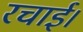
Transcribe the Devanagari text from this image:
रचाई।